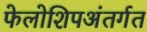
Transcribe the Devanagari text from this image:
फेलोशिपअंतर्गत